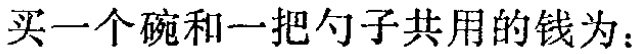
买一个碗和一把勺子共用的钱为：